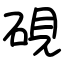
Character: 硯